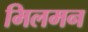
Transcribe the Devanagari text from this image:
मिलमन